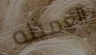
العميله